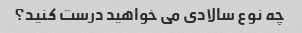
چه نوع سالادی می خواهید درست کنید؟